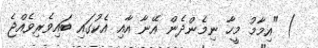
) "އިމާމު މީހާ ނިމެންދެން އޭނާ އާއި އެކުގައި ބައިވެރިވެއްޖެ